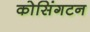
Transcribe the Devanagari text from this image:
कोसिंगटन